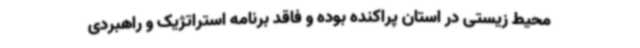
محیط زیستی در استان پراکنده بوده و فاقد برنامه استراتژیک و راهبردی